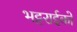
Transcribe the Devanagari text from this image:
भट्टराईको